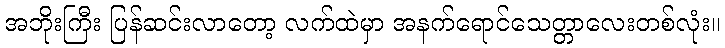
အဘိုးကြီး ပြန်ဆင်းလာတော့ လက်ထဲမှာ အနက်ရောင်သေတ္တာလေးတစ်လုံး။